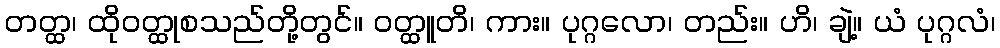
တတ္ထ၊ ထိုဝတ္ထုစသည်တို့တွင်။ ဝတ္ထူတိ၊ ကား။ ပုဂ္ဂလော၊ တည်း။ ဟိ၊ ချဲ့။ ယံ ပုဂ္ဂလံ၊